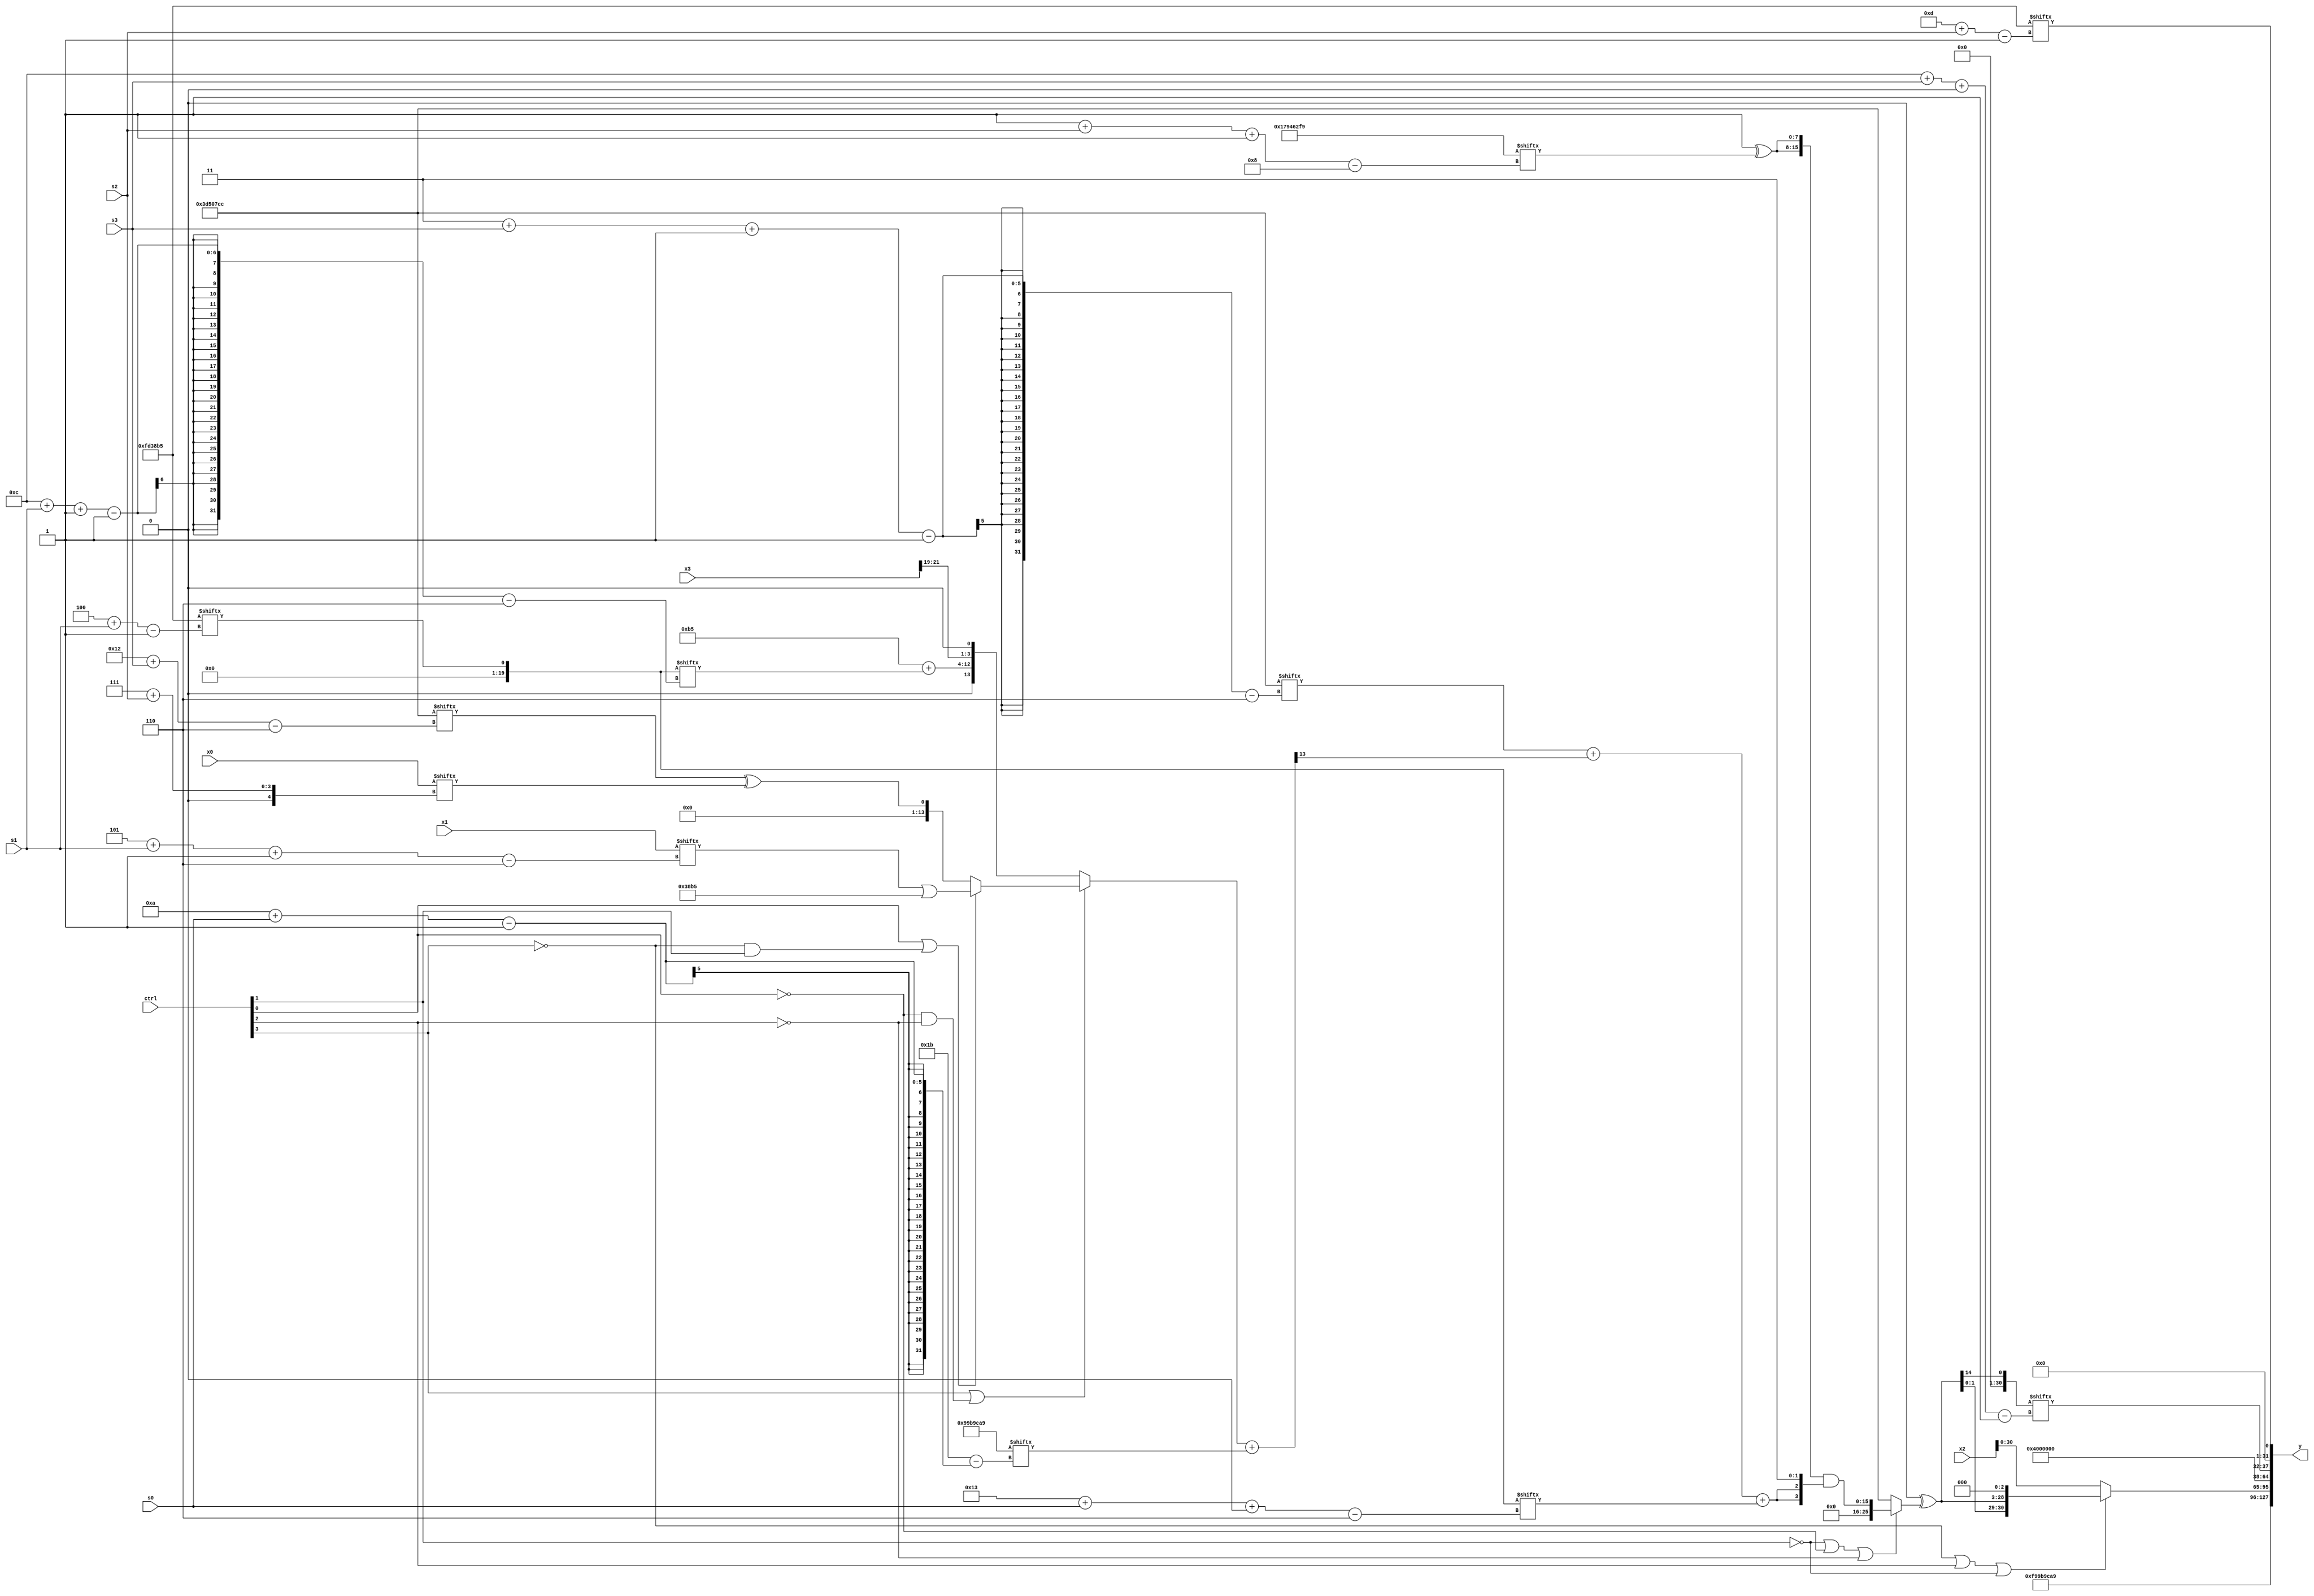
module partsel_00803(ctrl, s0, s1, s2, s3, x0, x1, x2, x3, y);
  input [3:0] ctrl;
  input [2:0] s0;
  input [2:0] s1;
  input [2:0] s2;
  input [2:0] s3;
  input [31:0] x0;
  input signed [31:0] x1;
  input signed [31:0] x2;
  input [31:0] x3;
  wire signed [25:6] x4;
  wire signed [31:6] x5;
  wire [26:1] x6;
  wire [24:0] x7;
  wire [27:7] x8;
  wire [29:0] x9;
  wire [25:0] x10;
  wire signed [25:3] x11;
  wire signed [31:4] x12;
  wire [31:6] x13;
  wire signed [31:1] x14;
  wire signed [2:31] x15;
  output [127:0] y;
  wire [31:0] y0;
  wire signed [31:0] y1;
  wire signed [31:0] y2;
  wire [31:0] y3;
  assign y = {y0,y1,y2,y3};
  localparam signed [28:0] p0 = 932471545;
  localparam [25:1] p1 = 587020469;
  localparam [31:6] p2 = 802490316;
  localparam signed [1:28] p3 = 966499497;
  assign x4 = p1[4 + s1];
  assign x5 = ((ctrl[3] || !ctrl[0] && !ctrl[2] ? (ctrl[0] || !ctrl[3] && ctrl[1] ? (x1[5 + s1 -: 6] | {2{p1}}) : (p2[18 + s3] ^ x0[7 + s2])) : {{{x1[7 + s1], (p1 + x4[12 + s1 -: 1])}, x3[19 +: 3]}, x4[19]}) + p3[10 + s0]);
  assign x6 = p2;
  assign x7 = x0[10];
  assign x8 = {(!ctrl[1] && ctrl[1] && ctrl[0] ? p3 : {x2, (!ctrl[2] || !ctrl[1] && ctrl[1] ? (x3 | (x6[15 -: 2] | p2[9 + s3 -: 8])) : p0[10])}), {2{{2{((ctrl[3] || !ctrl[3] || ctrl[0] ? p3[19 +: 3] : p0[0 + s1 +: 8]) ^ p1[17])}}}}};
  assign x9 = ((p0[3 + s3 +: 6] & (!ctrl[0] && ctrl[2] || ctrl[2] ? (!ctrl[3] && ctrl[1] && !ctrl[1] ? x6[12 + s0] : ((p2[8] + p2[7 + s2]) - x2[2 + s3 -: 7])) : x6[22 -: 4])) & ((((x1[12 -: 3] + (x7[20 + s3 -: 3] + p2[12 + s3 -: 1])) & {x7[17 -: 2], (x7[22 + s1 +: 1] + p0[10 + s2 -: 7])}) & {2{x0}}) & x7));
  assign x10 = (p0[11 +: 1] ^ (!ctrl[1] || !ctrl[0] || !ctrl[2] ? ({2{(p0[9 +: 3] ^ p0[1 + s2 -: 8])}} & {{2{((p2[3 + s3 -: 1] + x5[19]) + x4[19 + s0 +: 1])}}, {2{p3[8 +: 1]}}}) : p2));
  assign x11 = (x5 | ({(x9[2 + s0 -: 2] - (!ctrl[2] || ctrl[2] && ctrl[2] ? p3[22] : p3)), (!ctrl[1] && ctrl[0] || !ctrl[3] ? x3[13 + s3] : x3[9 +: 4])} ^ p2));
  assign x12 = p3[8 +: 2];
  assign x13 = {x3[3 + s2 +: 7], {2{p1[16 + s1 -: 8]}}};
  assign x14 = x10[14 +: 1];
  assign x15 = p2[16 + s2];
  assign y0 = p3;
  assign y1 = {(!ctrl[3] || ctrl[2] || !ctrl[1] ? {2{{{2{x10}}, x4[16 +: 3]}}} : x2), p3[12]};
  assign y2 = x14[12 + s3 +: 6];
  assign y3 = p1[13 + s2];
endmodule